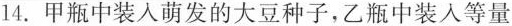
14.甲瓶中装入萌发的大豆种子，乙瓶中装入等量